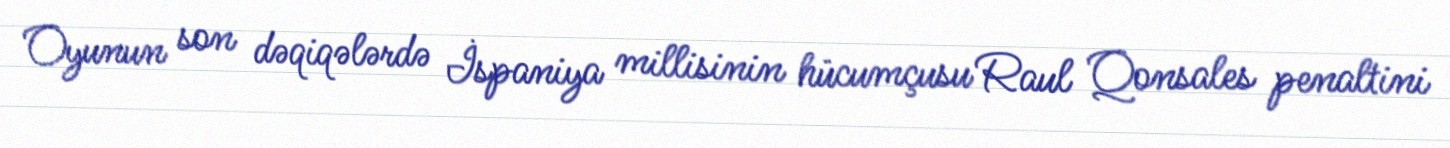
Oyunun son dəqiqələrdə İspaniya millisinin hücumçusu Raul Qonsales penaltini